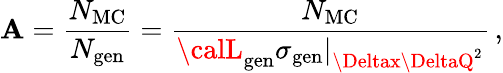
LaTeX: {\cal\mathbf{A}}=\frac{{N_{\mathrm{{MC}}}}}{{N_{\mathrm{{gen}}}}}=\frac{{N_{\mathrm{{MC}}}}}{{{\calL}_{\mathrm{{gen}}}\sigma_{\mathrm{{gen}}}|_{\Deltax\DeltaQ^{2}}}}\, ,